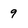
Character: 9